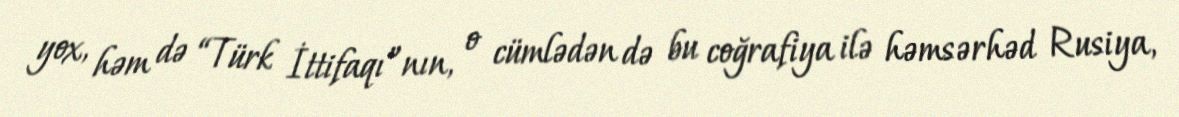
yox, həm də “Türk İttifaqı”nın, o cümlədən də bu coğrafiya ilə həmsərhəd Rusiya,